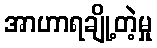
အာဟာရချို့တဲ့မှု